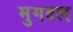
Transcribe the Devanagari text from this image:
मुगदल